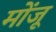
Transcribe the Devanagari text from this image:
मोंजू